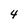
Character: 4